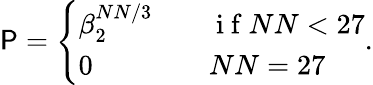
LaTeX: \mathsf{P}=\left\{ \begin{array}{ll}{\beta_{2}^{NN/3}}&{\quad\mathrm{~i~f~}NN<27}\\ {0}&{\quad NN=27}\end{array}\right..